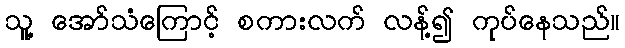
သူ့ အော်သံကြောင့် စကားလက် လန့်၍ ကုပ်နေသည်။